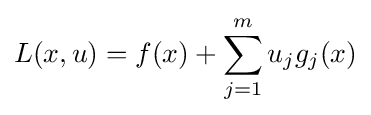
L(x,u)=f(x)+\sum _{j=1}^{m}u_{j}g_{j}(x)